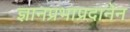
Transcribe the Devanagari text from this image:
ज्ञानप्रभाप्रदानेन